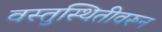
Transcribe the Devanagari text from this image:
वस्तुस्थितीवरून